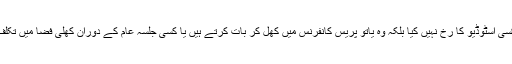
راہل نے صحافیوں سے گفتگو کے لیے کسی اسٹوڈیو کا رخ نہیں کیا بلکہ وہ یاتو پریس کانفرنس میں کھل کر بات کرتے ہیں یا کسی جلسۂ عام کے دوران کھلی فضا میں تکلف برطرف سوالات کے جوابات دیتے ہیں۔